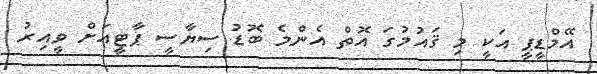
އޭމްޑީޕީ އަކީ މި ޤައުމުގަ އޮތް އެންމެ ބޮޑު ސިޔާސީ ޕާޓީއަށް ވީއިރު